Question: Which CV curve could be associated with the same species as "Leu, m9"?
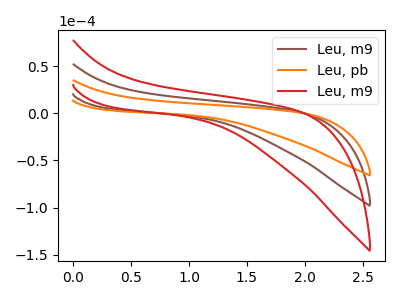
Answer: <think>The brown curve "Leu, m9" has no peaks. The orange curve "Leu, pb" has no peaks. The red curve "Leu, m9" has no peaks.
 Neither "Leu, m9" or "Leu, pb" have any peaks. Neither "Leu, m9" or "Leu, m9" have any peaks. Neither "Leu, pb" or "Leu, m9" have any peaks.</think>
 <answer>"Leu, m9" and "Leu, m9" have a similar shape to "Leu, pb".</answer>
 <eval>"Leu, m9" "Leu, m9"</eval>